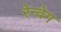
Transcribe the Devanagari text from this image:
रेन्वेग